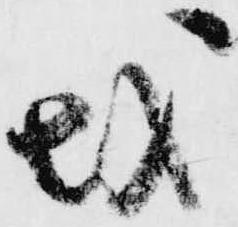
越